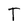
Character: T